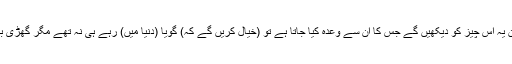
جس دن یہ اس چیز کو دیکھیں گے جس کا ان سے وعدہ کیا جاتا ہے تو (خیال کریں گے کہ) گویا (دنیا میں) رہے ہی نہ تھے مگر گھڑی بھر دن۔